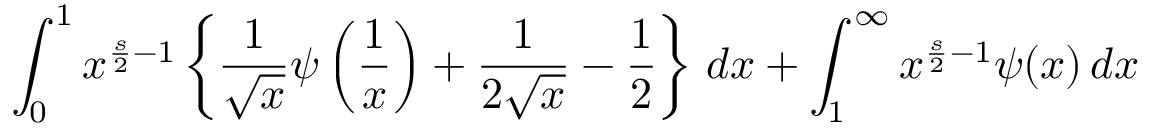
\int _ { 0 } ^ { 1 } x ^ { { \frac { s } { 2 } } - 1 } \left\{ { \frac { 1 } { \sqrt { x } } } \psi \left( { \frac { 1 } { x } } \right) + { \frac { 1 } { 2 { \sqrt { x } } } } - { \frac { 1 } { 2 } } \right\} \, d x + \int _ { 1 } ^ { \infty } x ^ { { \frac { s } { 2 } } - 1 } \psi ( x ) \, d x